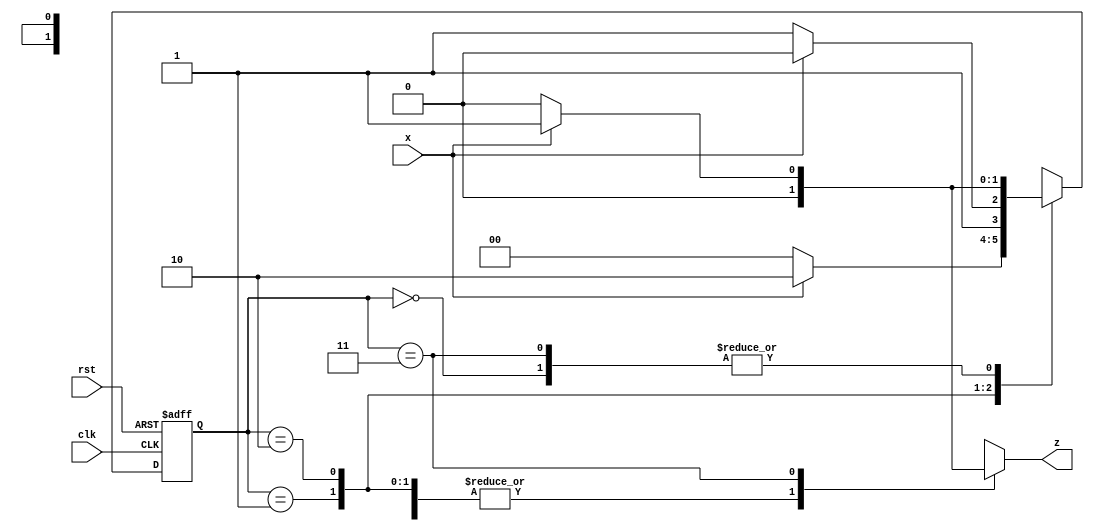
`timescale 1ns / 1ps
//////////////////////////////////////////////////////////////////////////////////
// Company: 
// Engineer: 
// 
// Design Name: 
// Module Name: mealy_1101_overlap2
// Project Name: 
// Target Devices: 
// Tool Versions: 
// Description: 
// 
// Dependencies: 
// 
// Revision:
// Revision 0.01 - File Created
// Additional Comments:
// 
//////////////////////////////////////////////////////////////////////////////////


module mealy_1101_overlap2(
    output reg z,
    input x, clk, rst
    );
    
    parameter s0=0,s1=1,s2=2,s3=3;
    reg[1:0] p_state,n_state;
    
    always @(posedge clk or posedge rst) begin
        if(rst) p_state<=s0;
        else    p_state<=n_state;
    end
    always @(p_state or x)  begin
            case(p_state)
                s0: begin
                    if(x==1) begin n_state<=s1; z<=0; end
                    else     begin n_state<=s0; z<=0; end
                    end
                s1: begin
                    if(x==1) begin n_state<=s2; z<=0; end
                    else     begin n_state<=s0; z<=0; end
                    end
                s2: begin
                    if(x==0) begin n_state<=s3; z<=0; end
                    else     begin n_state<=s2; z<=0; end
                    end
                s3: begin
                    if(x==1) begin n_state<=s1; z<=1; end
                    else     begin n_state<=s0; z<=0; end
                    end
            endcase
        end
    
endmodule